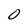
Character: 0